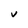
Character: V